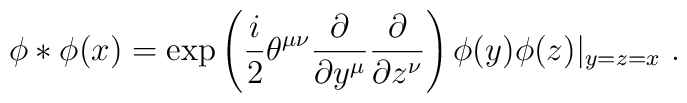
\phi * \phi (x) = \exp \left( \frac{i}{2} \theta^{\mu \nu}  \frac{\partial}{\partial y^{\mu}}  \frac{\partial}{\partial z^{\nu}} \right)  \phi ( y) \phi (z) |_{y=z=x}  ~.